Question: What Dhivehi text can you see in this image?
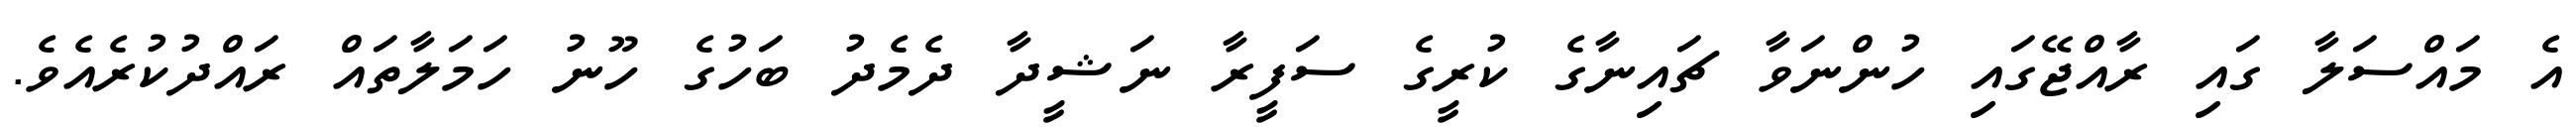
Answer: އެ މައްސަލާ ގައި ރާއްޖޭގައި ހުންނަވާ ޗައިނާގެ ކުރީގެ ސަފީރާ ނަޝީދާ ދެމެދު ބަހުގެ ހޫނު ހަމަލާތައް ރައްދުކުރެއެވެ.